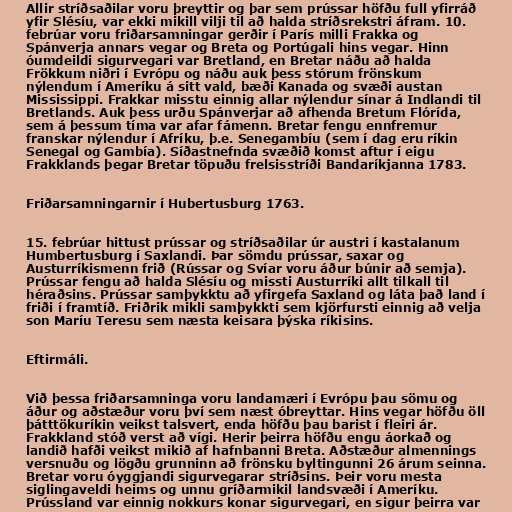
Allir stríðsaðilar voru þreyttir og þar sem prússar höfðu full yfirráð
yfir Slésíu, var ekki mikill vilji til að halda stríðsrekstri áfram. 10.
febrúar voru friðarsamningar gerðir í París milli Frakka og
Spánverja annars vegar og Breta og Portúgali hins vegar. Hinn
óumdeildi sigurvegari var Bretland, en Bretar náðu að halda
Frökkum niðri í Evrópu og náðu auk þess stórum frönskum
nýlendum í Ameríku á sitt vald, bæði Kanada og svæði austan
Mississippi. Frakkar misstu einnig allar nýlendur sínar á Indlandi til
Bretlands. Auk þess urðu Spánverjar að afhenda Bretum Flórída,
sem á þessum tíma var afar fámenn. Bretar fengu ennfremur
franskar nýlendur í Afríku, þ.e. Senegambíu (sem í dag eru ríkin
Senegal og Gambía). Síðastnefnda svæðið komst aftur í eigu
Frakklands þegar Bretar töpuðu frelsisstríði Bandaríkjanna 1783.

Friðarsamningarnir í Hubertusburg 1763.

15. febrúar hittust prússar og stríðsaðilar úr austri í kastalanum
Humbertusburg í Saxlandi. Þar sömdu prússar, saxar og
Austurríkismenn frið (Rússar og Svíar voru áður búnir að semja).
Prússar fengu að halda Slésíu og missti Austurríki allt tilkall til
héraðsins. Prússar samþykktu að yfirgefa Saxland og láta það land í
friði í framtíð. Friðrik mikli samþykkti sem kjörfursti einnig að velja
son Maríu Teresu sem næsta keisara þýska ríkisins.

Eftirmáli.

Við þessa friðarsamninga voru landamæri í Evrópu þau sömu og
áður og aðstæður voru því sem næst óbreyttar. Hins vegar höfðu öll
þátttökuríkin veikst talsvert, enda höfðu þau barist í fleiri ár.
Frakkland stóð verst að vígi. Herir þeirra höfðu engu áorkað og
landið hafði veikst mikið af hafnbanni Breta. Aðstæður almennings
versnuðu og lögðu grunninn að frönsku byltingunni 26 árum seinna.
Bretar voru óyggjandi sigurvegarar stríðsins. Þeir voru mesta
siglingaveldi heims og unnu gríðarmikil landsvæði í Ameríku.
Prússland var einnig nokkurs konar sigurvegari, en sigur þeirra var